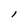
Character: l